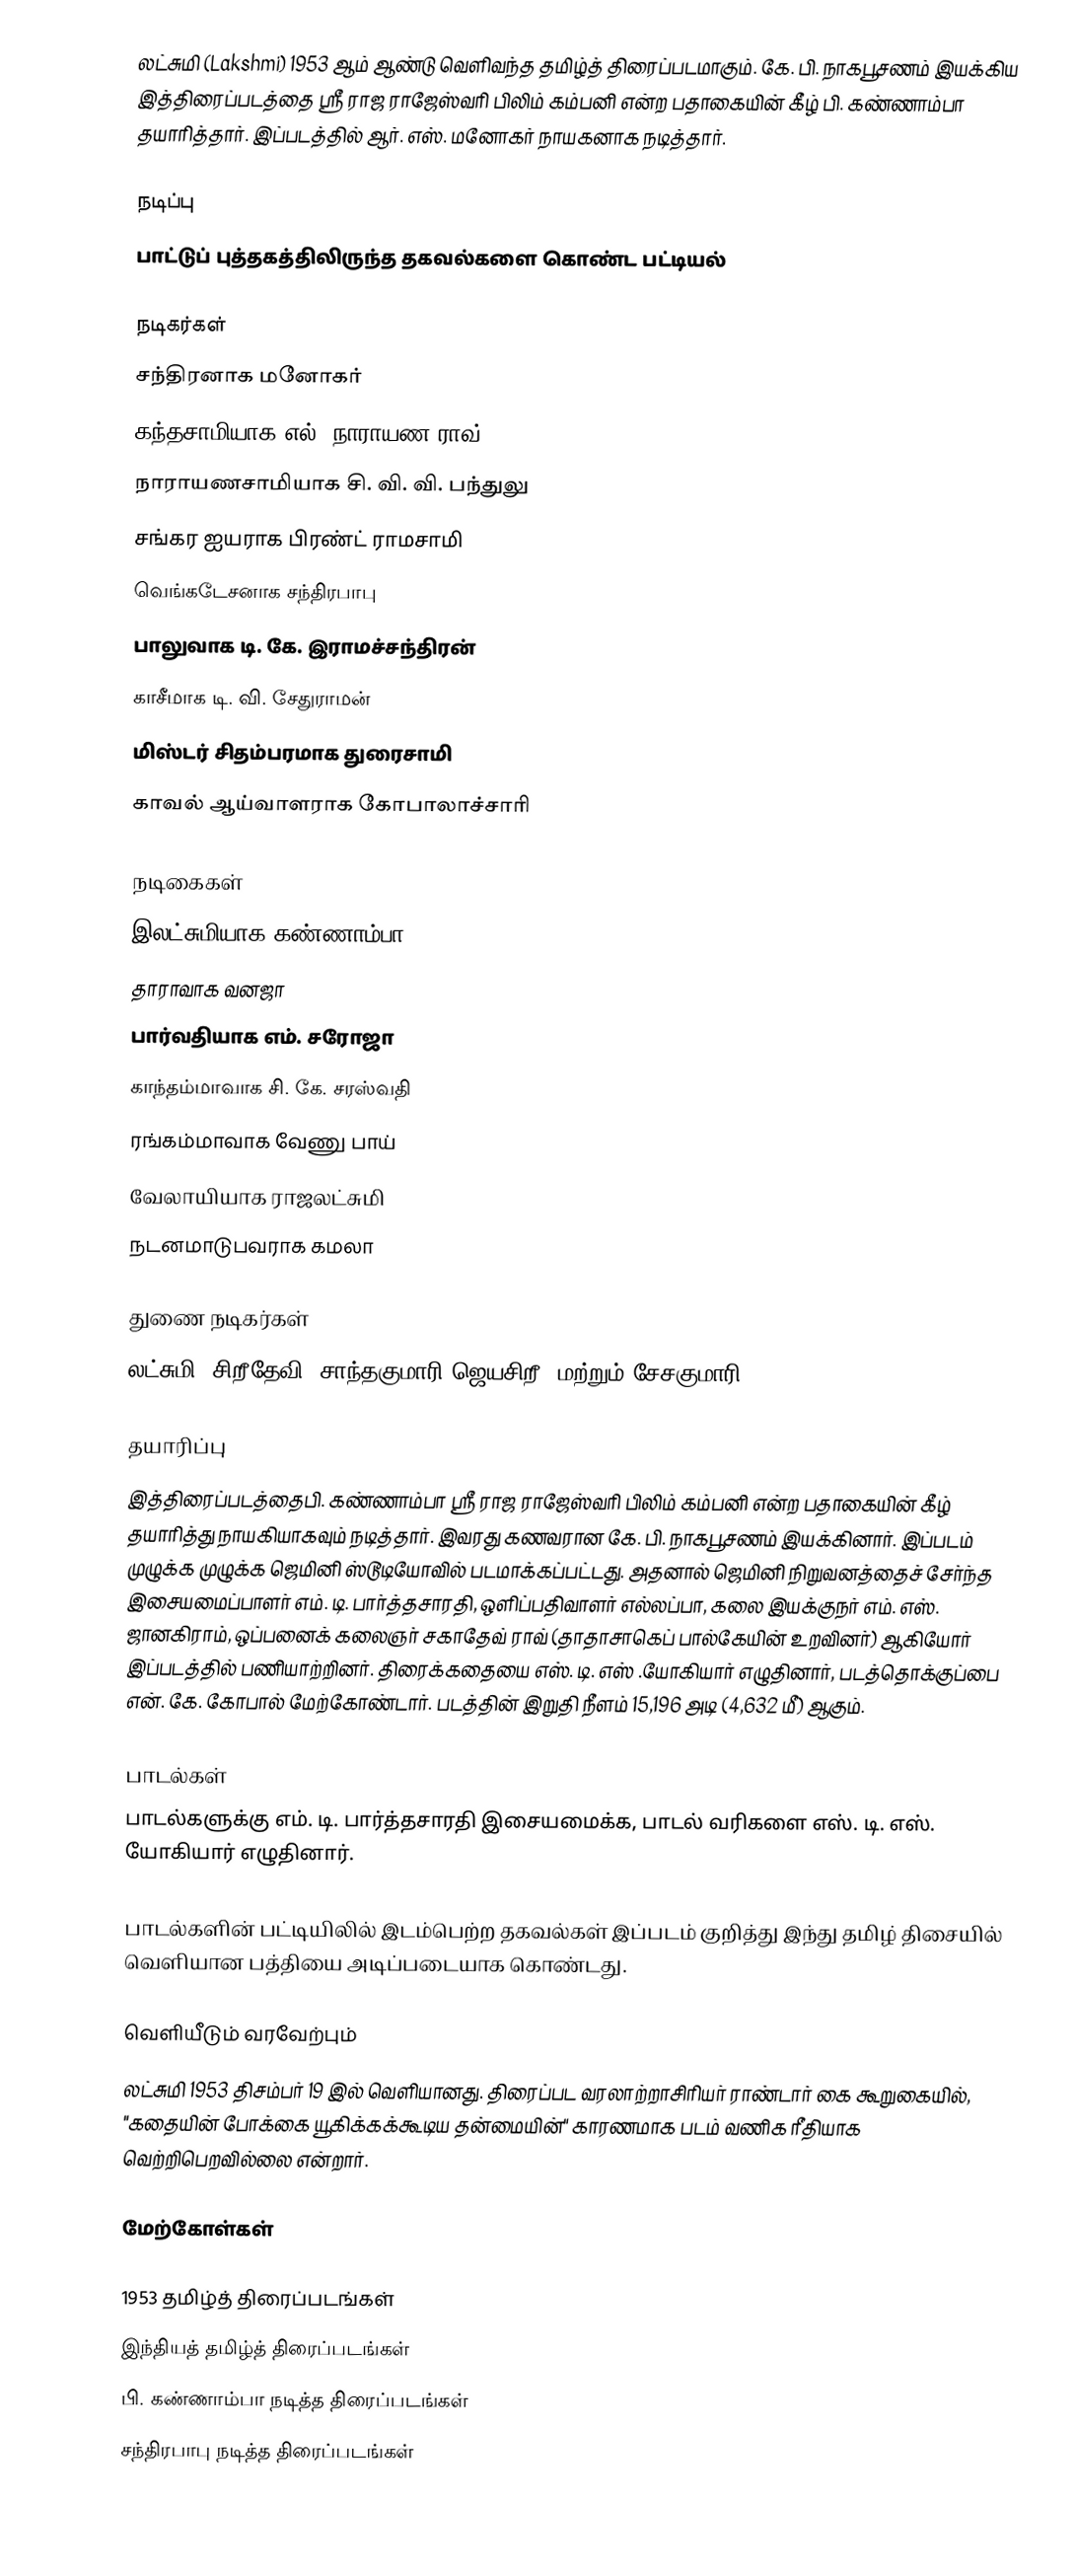
லட்சுமி (Lakshmi) 1953 ஆம் ஆண்டு வெளிவந்த தமிழ்த் திரைப்படமாகும். கே. பி. நாகபூசணம் இயக்கிய இத்திரைப்படத்தை ஸ்ரீ ராஜ ராஜேஸ்வரி பிலிம் கம்பனி என்ற பதாகையின் கீழ் பி. கண்ணாம்பா தயாரித்தார். இப்படத்தில் ஆர். எஸ். மனோகர் நாயகனாக நடித்தார்.

நடிப்பு
பாட்டுப் புத்தகத்திலிருந்த தகவல்களை கொண்ட பட்டியல்

நடிகர்கள்
 சந்திரனாக மனோகர்
 கந்தசாமியாக எல். நாராயண ராவ்
 நாராயணசாமியாக சி. வி. வி. பந்துலு
 சங்கர ஐயராக பிரண்ட் ராமசாமி
 வெங்கடேசனாக சந்திரபாபு
 பாலுவாக டி. கே. இராமச்சந்திரன்
 காசீமாக டி. வி. சேதுராமன்
 மிஸ்டர் சிதம்பரமாக துரைசாமி
 காவல் ஆய்வாளராக கோபாலாச்சாரி

நடிகைகள்
 இலட்சுமியாக கண்ணாம்பா
 தாராவாக வனஜா
 பார்வதியாக எம். சரோஜா
 காந்தம்மாவாக சி. கே. சரஸ்வதி
 ரங்கம்மாவாக வேணு பாய்
 வேலாயியாக ராஜலட்சுமி
 நடனமாடுபவராக கமலா

துணை நடிகர்கள்
லட்சுமி, சிறீதேவி, சாந்தகுமாரி ஜெயசிறீ, மற்றும் சேசகுமாரி.

தயாரிப்பு
இத்திரைப்படத்தைபி. கண்ணாம்பா ஸ்ரீ ராஜ ராஜேஸ்வரி பிலிம் கம்பனி என்ற பதாகையின் கீழ் தயாரித்து நாயகியாகவும் நடித்தார். இவரது கணவரான கே. பி. நாகபூசணம் இயக்கினார்.  இப்படம் முழுக்க முழுக்க ஜெமினி ஸ்டூடியோவில் படமாக்கப்பட்டது. அதனால் ஜெமினி நிறுவனத்தைச் சேர்ந்த இசையமைப்பாளர் எம். டி. பார்த்தசாரதி, ஒளிப்பதிவாளர் எல்லப்பா, கலை இயக்குநர் எம். எஸ். ஜானகிராம், ஒப்பனைக் கலைஞர் சகாதேவ் ராவ் (தாதாசாகெப் பால்கேயின் உறவினர்) ஆகியோர் இப்படத்தில் பணியாற்றினர். திரைக்கதையை எஸ். டி. எஸ் .யோகியார் எழுதினார், படத்தொக்குப்பை என். கே. கோபால் மேற்கோண்டார். படத்தின் இறுதி நீளம் 15,196 அடி (4,632 மீ) ஆகும்.

பாடல்கள்
பாடல்களுக்கு எம். டி. பார்த்தசாரதி இசையமைக்க, பாடல் வரிகளை எஸ். டி. எஸ். யோகியார் எழுதினார்.

பாடல்களின் பட்டியிலில் இடம்பெற்ற தகவல்கள் இப்படம் குறித்து இந்து தமிழ் திசையில் வெளியான பத்தியை அடிப்படையாக கொண்டது.

வெளியீடும் வரவேற்பும்
லட்சுமி 1953 திசம்பர் 19 இல் வெளியானது. திரைப்பட வரலாற்றாசிரியர் ராண்டார் கை கூறுகையில், "கதையின் போக்கை யூகிக்கக்கூடிய தன்மையின்" காரணமாக படம் வணிக ரீதியாக வெற்றிபெறவில்லை என்றார்.

மேற்கோள்கள்

1953 தமிழ்த் திரைப்படங்கள்
இந்தியத் தமிழ்த் திரைப்படங்கள்
பி. கண்ணாம்பா நடித்த திரைப்படங்கள்
சந்திரபாபு நடித்த திரைப்படங்கள்